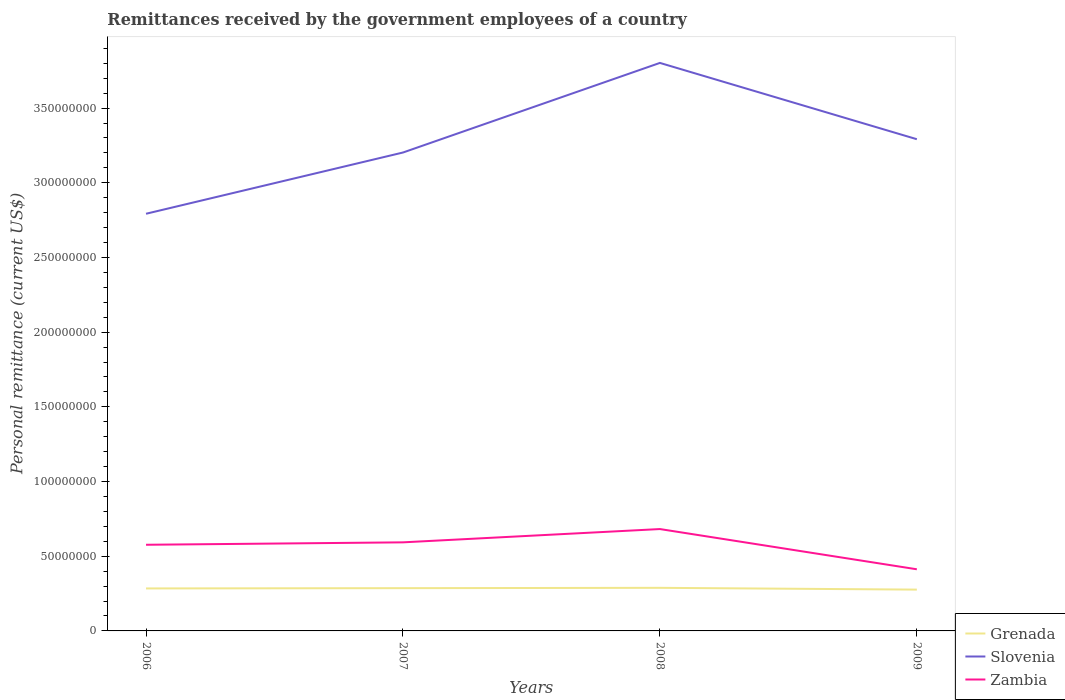
| Years | Grenada | Slovenia | Zambia |
 | --- | --- | --- | --- |
 | 2006 | 2.84e+07 | 2.79e+08 | 5.77e+07 |
 | 2007 | 2.86e+07 | 3.2e+08 | 5.93e+07 |
 | 2008 | 2.89e+07 | 3.8e+08 | 6.82e+07 |
 | 2009 | 2.77e+07 | 3.29e+08 | 4.13e+07 |